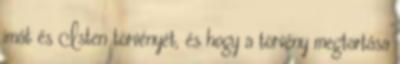
imát és Isten törvényét, és hogy a törvény megtartása